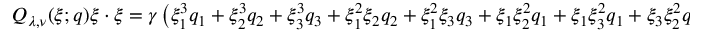
\begin{array} { r } { Q _ { \lambda , \nu } ( \xi ; q ) \xi \cdot \xi = \gamma \left( \xi _ { 1 } ^ { 3 } q _ { 1 } + \xi _ { 2 } ^ { 3 } q _ { 2 } + \xi _ { 3 } ^ { 3 } q _ { 3 } + \xi _ { 1 } ^ { 2 } \xi _ { 2 } q _ { 2 } + \xi _ { 1 } ^ { 2 } \xi _ { 3 } q _ { 3 } + \xi _ { 1 } \xi _ { 2 } ^ { 2 } q _ { 1 } + \xi _ { 1 } \xi _ { 3 } ^ { 2 } q _ { 1 } + \xi _ { 3 } \xi _ { 2 } ^ { 2 } q _ { 3 } + \xi _ { 2 } \xi _ { 3 } ^ { 2 } q _ { 2 } \right) , } \end{array}